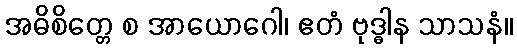
အဓိစိတ္တေ စ အာယောဂေါ၊ ဧတံ ဗုဒ္ဓါန သာသနံ။